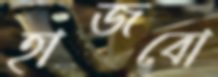
হাজবো